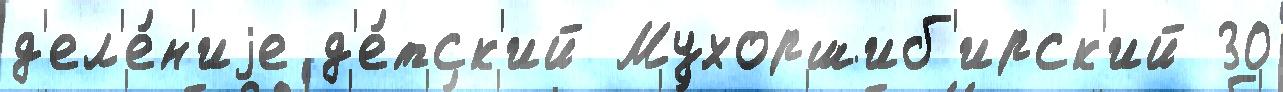
д'ел'е́н'иjе д'е́тск'ий Мухоршиб'ирск'ий 30